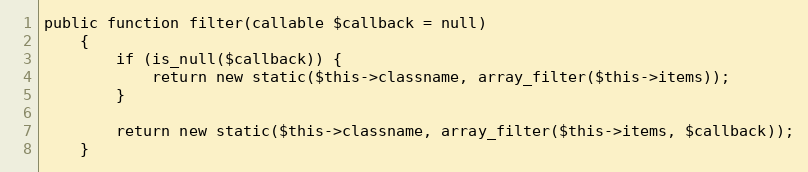
Language: PHP
public function filter(callable $callback = null)
    {
        if (is_null($callback)) {
            return new static($this->classname, array_filter($this->items));
        }

        return new static($this->classname, array_filter($this->items, $callback));
    }